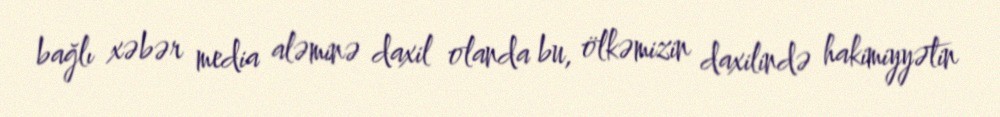
bağlı xəbər media aləminə daxil olanda bu, ölkəmizin daxilində hakimiyyətin